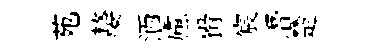
苑嫠洒慮猾宸潛楚